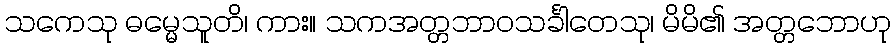
သကေသု ဓမ္မေသူတိ၊ ကား။ သကအတ္တဘာဝသင်္ခါတေသု၊ မိမိ၏ အတ္တဘောဟု